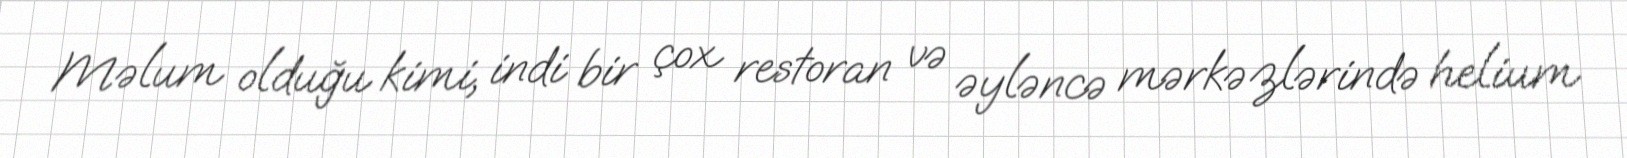
Məlum olduğu kimi, indi bir çox restoran və əyləncə mərkəzlərində helium